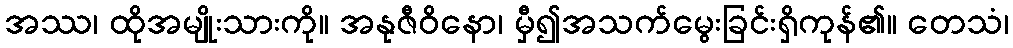
အဿ၊ ထိုအမျိုးသားကို။ အနုဇီဝိနော၊ မှီ၍အသက်မွေးခြင်းရှိကုန်၏။ တေသံ၊